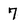
Character: 7